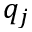
q _ { j }